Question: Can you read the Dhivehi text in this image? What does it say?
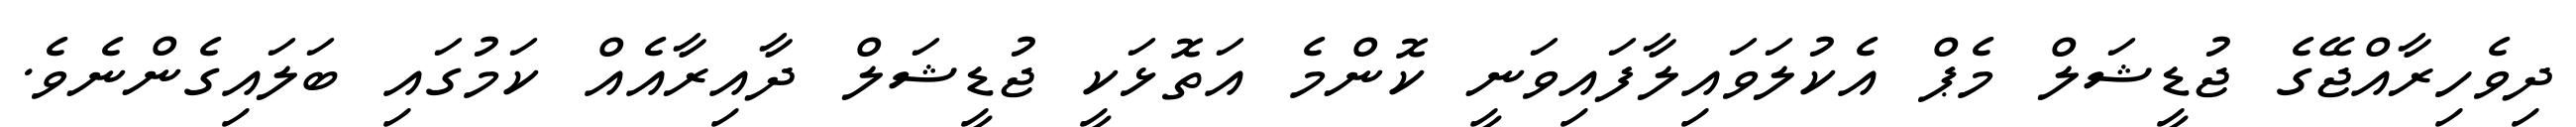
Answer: ދިވެހިރާއްޖޭގެ ޖުޑީޝަލް މެޕް އެކުލަވައިލާފައިވަނީ ކޮންމެ އަތޮޅަކީ ޖުޑީޝަލް ދާއިރާއެއް ކަމުގައި ބަލައިގެންނެވެ.